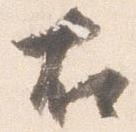
右